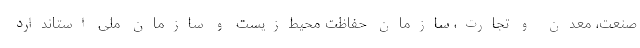
صنعت، معدن و تجارت، سازمان حفاظت محیط‌زیست و سازمان ملی استاندارد